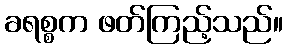
ခရစ္စက ဖတ်ကြည့်သည်။